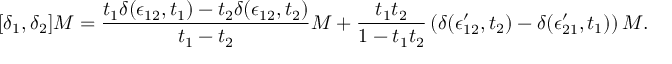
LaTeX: [ \delta _ { 1 } , \delta _ { 2 } ] M = { \frac { t _ { 1 } \delta ( \epsilon _ { 1 2 } , t _ { 1 } ) - t _ { 2 } \delta ( \epsilon _ { 1 2 } , t _ { 2 } ) } { t _ { 1 } - t _ { 2 } } } M + { \frac { t _ { 1 } t _ { 2 } } { 1 - t _ { 1 } t _ { 2 } } } \left( \delta ( \epsilon _ { 1 2 } ^ { \prime } , t _ { 2 } ) - \delta ( \epsilon _ { 2 1 } ^ { \prime } , t _ { 1 } ) \right) M .